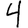
Digit: 4